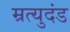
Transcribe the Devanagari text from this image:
म्रत्युदंड